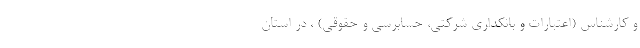
و کارشناس (اعتبارات و بانکداری شرکتی، حسابرسی و حقوقی) ، در استان